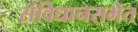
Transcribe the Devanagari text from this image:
संविधानसभेत